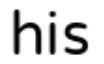
his